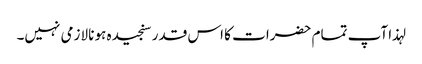
لہذا آپ تمام حضرات کا اس قدر سنجیدہ ہونا لازمی نہیں۔